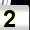
Digit: 2